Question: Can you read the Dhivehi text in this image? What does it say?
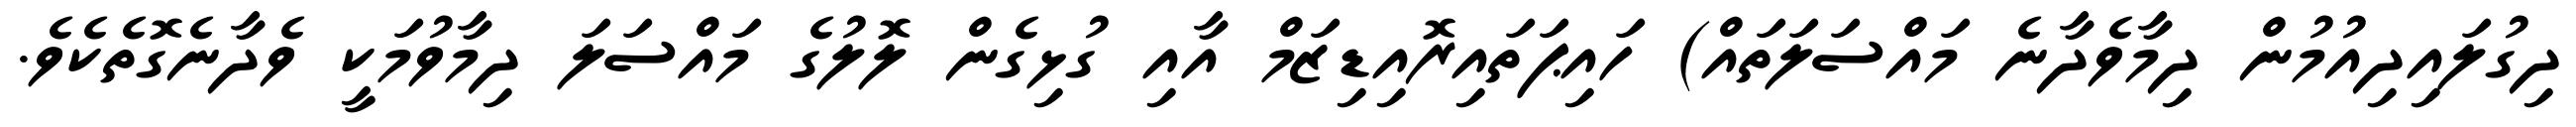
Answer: ދިގުލައިދިއުމުން ދިމާވެދާނެ މައްސަލަތައް) ހައިޕަތައިރޮއިޑިޒަމް އާއި ގުޅިގެން ލޮލުގެ މައްސަލަ ދިމާވުމަކީ ވެދާނެގޮތެކެވެ.